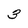
Character: 3